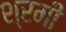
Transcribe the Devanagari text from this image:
श्रमी